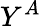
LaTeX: Y^{A}